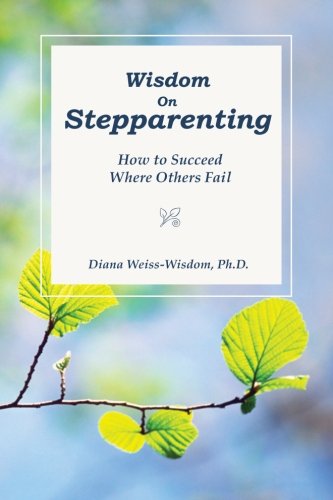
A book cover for Wisdom On Step-Parenting: How to Succeed Where Others Fail; Diana Weiss-Wisdom Ph.D.; Parenting & Relationships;